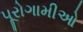
પૂરોગામીઓ